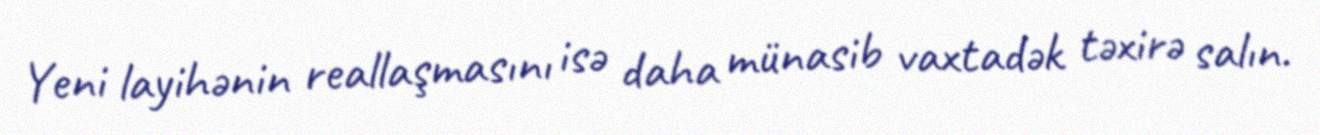
Yeni layihənin reallaşmasını isə daha münasib vaxtadək təxirə salın.